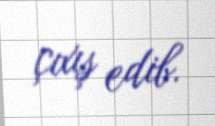
çıxış edib.